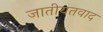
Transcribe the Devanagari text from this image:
जातीयतवाद